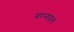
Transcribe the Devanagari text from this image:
बरनपाल